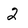
Character: 2